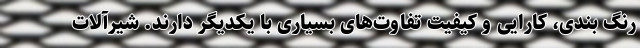
رنگ بندی، کارایی و کیفیت تفاوت‌های بسیاری با یکدیگر دارند. شیرآلات